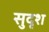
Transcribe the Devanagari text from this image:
सुदृश